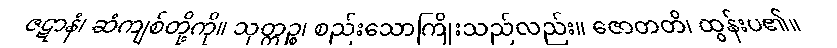
ဇဋာနံ၊ ဆံကျစ်တို့ကို။ သုတ္တဉ္စ၊ စည်းသောကြိုးသည်လည်း။ ဇောတတိ၊ ထွန်းပ၏။